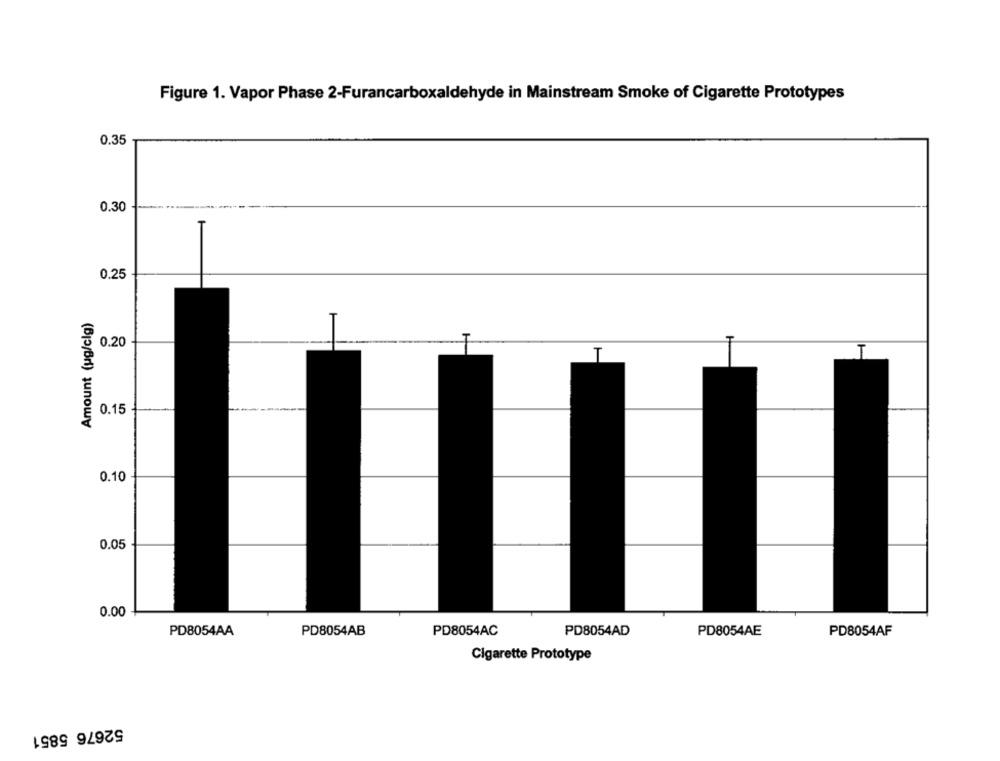
Figure 1. Vapor Phase 2-Furancarboxaldehyde in Mainstream Smoke of Cigarette Prototypes
0.35
0.30
0.25
Amount (ug/clg)
0.20
0.15
0.10
0.05
0.00
PD8054AA
PD8054AB
PD8054AC
PD8054AD
PD8054AE
PD8054AF
Cigarette Prototype
52676 5851